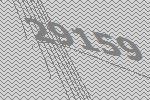
29159